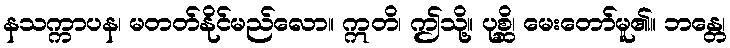
နသက္ကာပန၊ မတတ်နိုင်မည်လော။ ဣတိ၊ ဤသို့။ ပုစ္ဆိ၊ မေးတော်မူ၏။ ဘန္တေ၊